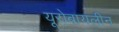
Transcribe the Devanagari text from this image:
यूरोबायलीन